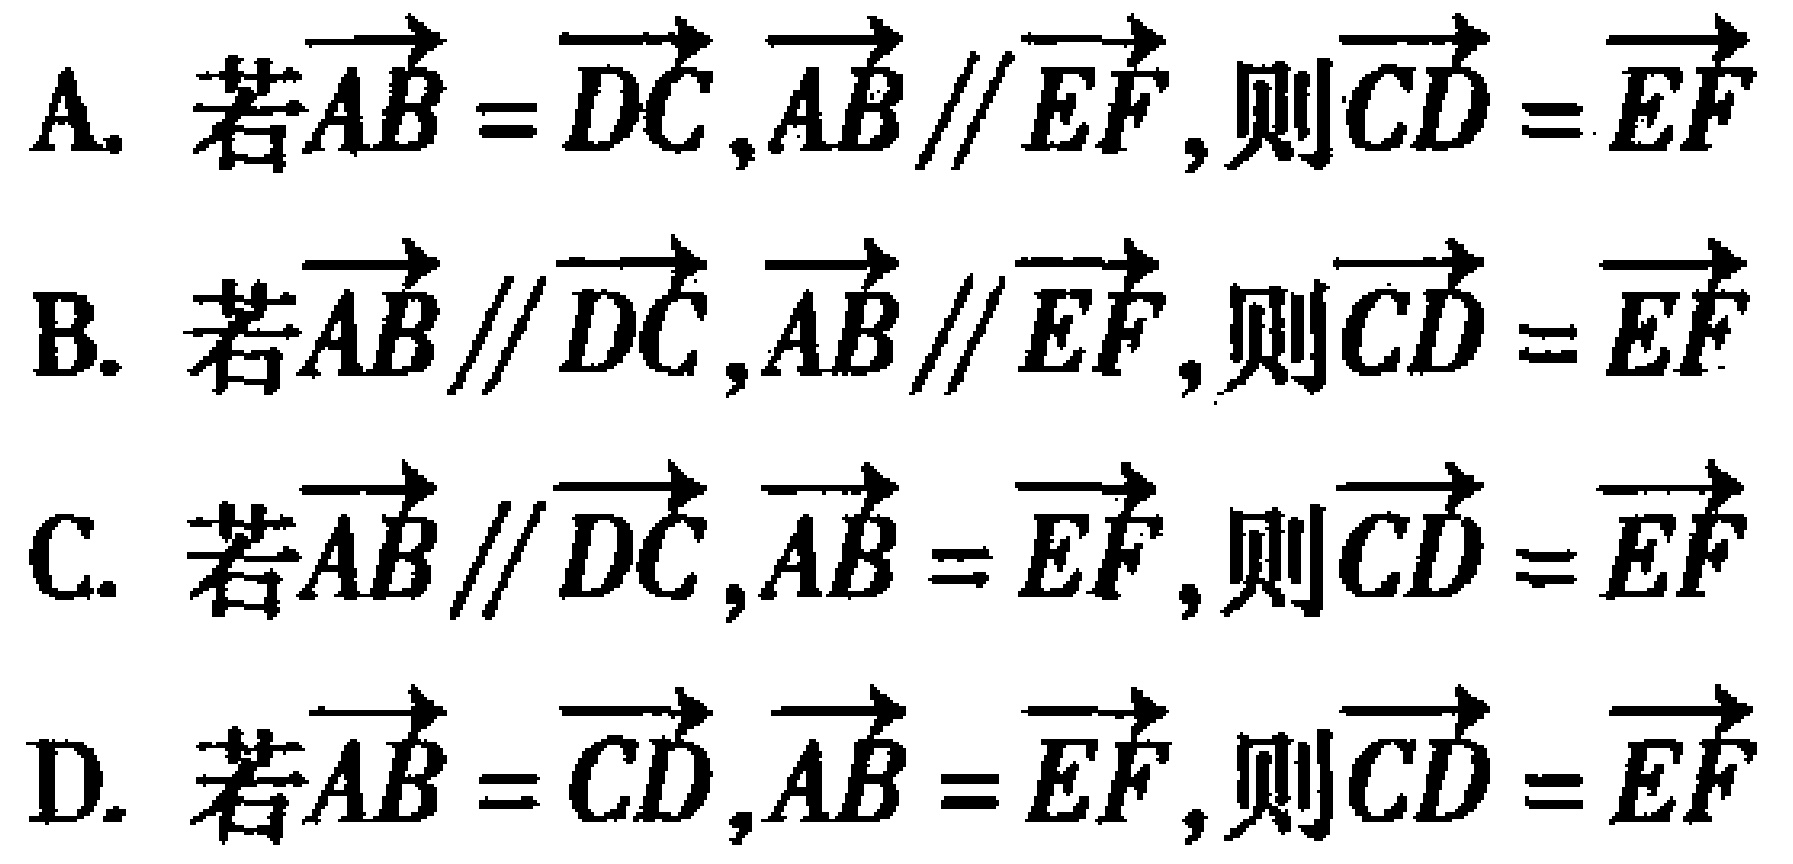
A. 若$\overrightarrow{AB}=\overrightarrow{DC},\overrightarrow{AB}\parallel\overrightarrow{EF}$,则$\overrightarrow{CD}=\overrightarrow{EF}$
B. 若$\overrightarrow{AB}\parallel\overrightarrow{DC},\overrightarrow{AB}\parallel\overrightarrow{EF}$,则$\overrightarrow{CD}=\overrightarrow{EF}$
C. 若$\overrightarrow{AB}\parallel\overrightarrow{DC},\overrightarrow{AB}=\overrightarrow{EF}$,则$\overrightarrow{CD}=\overrightarrow{EF}$
D. 若$\overrightarrow{AB}=\overrightarrow{CD},\overrightarrow{AB}=\overrightarrow{EF}$,则$\overrightarrow{CD}=\overrightarrow{EF}$